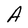
Character: A